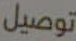
توصيل